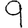
Digit: 9